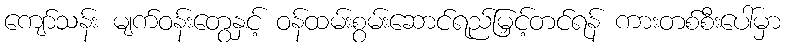
ကျော်သန်း မျက်ဝန်းတွေနှင့် ဝန်ထမ်းစွမ်းဆောင်ရည်မြှင့်တင်ရန် ကားတစ်စီးပေါ်မှာ